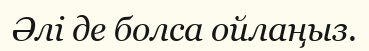
Әлі де болса ойлаңыз.